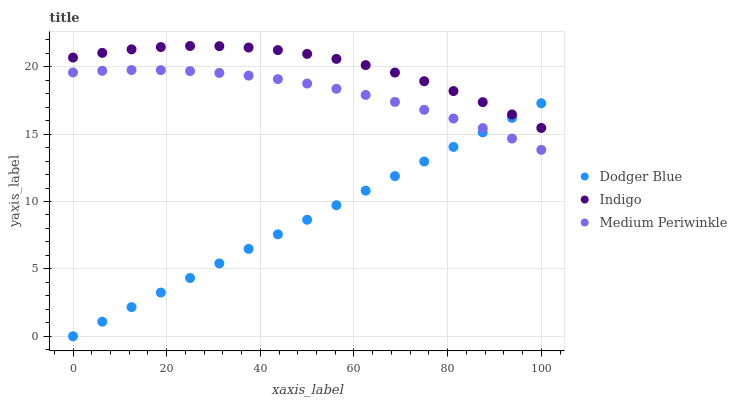
| xaxis_label | Dodger Blue | Indigo | Medium Periwinkle |
 | --- | --- | --- | --- |
 | 0 | 0 | 20.7 | 19.6 |
 | 6.25 | 1.08 | 21 | 19.7 |
 | 12.5 | 2.16 | 21.3 | 19.8 |
 | 18.8 | 3.24 | 21.5 | 19.8 |
 | 25 | 4.32 | 21.5 | 19.7 |
 | 31.2 | 5.4 | 21.5 | 19.5 |
 | 37.5 | 6.48 | 21.4 | 19.3 |
 | 43.8 | 7.57 | 21.2 | 19.1 |
 | 50 | 8.65 | 21 | 18.8 |
 | 56.2 | 9.73 | 20.6 | 18.4 |
 | 62.5 | 10.8 | 20.1 | 17.9 |
 | 68.8 | 11.9 | 19.6 | 17.4 |
 | 75 | 13 | 18.9 | 16.8 |
 | 81.2 | 14 | 18.2 | 16.2 |
 | 87.5 | 15.1 | 17.4 | 15.4 |
 | 93.8 | 16.2 | 16.5 | 14.7 |
 | 100 | 17.3 | 15.5 | 13.8 |